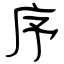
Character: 序